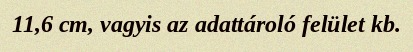
11,6 cm, vagyis az adattároló felület kb.